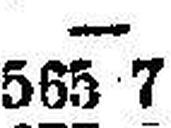
565 7